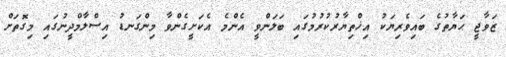
ޒަވާޖީ ޙަޔާތުގެ ބައިވެރިޔަކު އިޚްތިޔާރުކުރުމުގައި ބަލަންވީ އެންމެ އެކަށީގެންވާ މިންގަނޑު އިސްލާމްދީނުގައި މިގޮތަށް